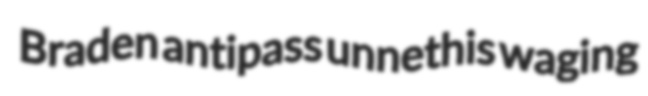
Braden antipass unnethis waging